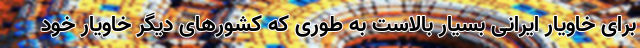
برای خاویار ایرانی بسیار بالاست به طوری که کشورهای دیگر خاویار خود